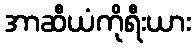
အာဆီယံကိုရီးယား